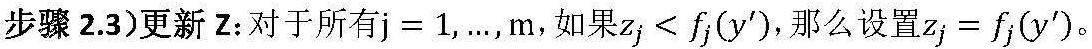
步骤 2.3)更新 $\mathbf{Z}$: 对于所有 $j = 1, \ldots, m$, 如果 $z_j < f_j(y')$, 那么设置 $z_j = f_j(y')$。